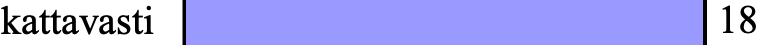
kattavasti             18